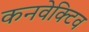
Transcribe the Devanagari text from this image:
कनवेक्टिव